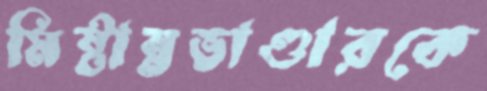
মিষ্টান্নভাণ্ডারকে